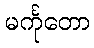
မင်္ကုတော